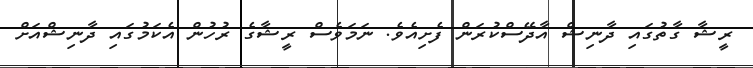
ރީޝާ ގާތުގައި ދާނިޝް އާދޭސްކުރަން ފެށިއެވެ. ނަމަވެސް ރީޝާގެ ރުހުން އެކަމުގައި ދާނިޝްއަށް